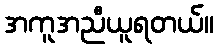
အကူအညီယူရတယ်။